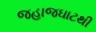
જહાજઘાટથી